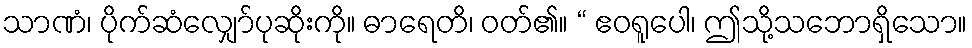
သာဏံ၊ ပိုက်ဆံလျှော်ပုဆိုးကို။ ဓာရေတိ၊ ဝတ်၏။ “ ဧဝရူပေါ၊ ဤသို့သဘောရှိသော။